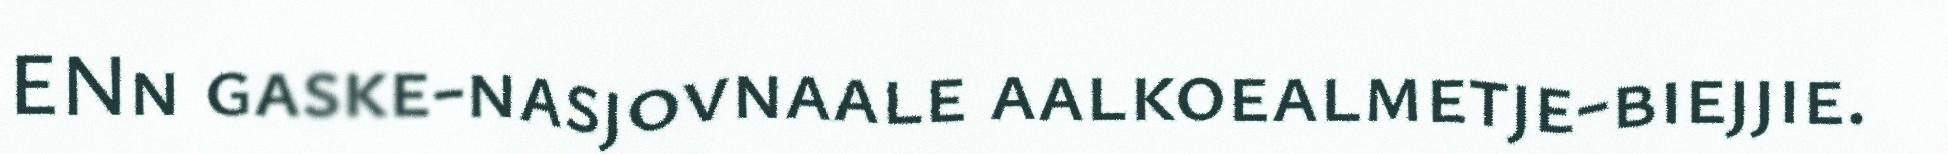
ENn gaske-nasjovnaale aalkoealmetje-biejjie.